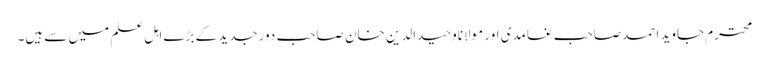
محترم جاوید احمد صاحب غامدی اور مولاناوحیدالدین خان صاحب دورجدید کے بڑے اہل علم میں سے ہیں۔